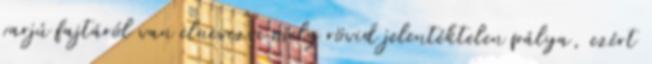
varjú fajtáról van elnevezve mely rövid jelentéktelen pálya, ezért